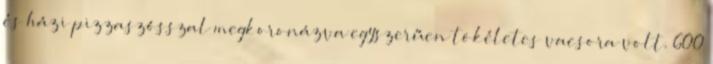
és házi pizzaszósszal megkoronázva egyszerűen tökéletes vacsora volt. 600